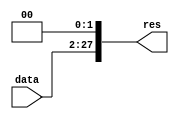
module shift(input [25:0] data,output reg[27:0] res);

always @(*)begin

res = {data,2'b00};

end

endmodule